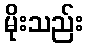
မိုးသည်း